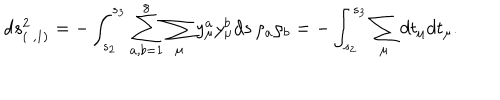
LaTeX: d s _ { ( \; , 1 ) } ^ { 2 } = - \int _ { s _ { 2 } } ^ { s _ { 3 } } \sum _ { a , b = 1 } ^ { 8 } \sum _ { \mu } { y } _ { \mu } ^ { a } { y } _ { \mu } ^ { b } d s \, \rho _ { a } \rho _ { b } = - \int _ { s _ { 2 } } ^ { s _ { 3 } } \sum _ { \mu } d { t } _ { \mu } d { t } _ { \mu } .